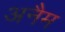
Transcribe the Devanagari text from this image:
अनैम